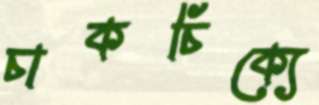
চাকচিক্যে